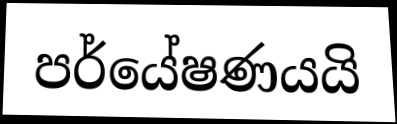
පර්යේෂණයයි